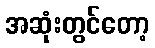
အဆုံးတွင်တော့